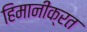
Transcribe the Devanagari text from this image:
हिमानीक्रत